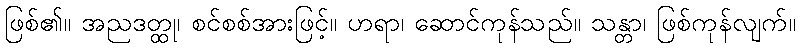
ဖြစ်၏။ အညဒတ္ထု၊ စင်စစ်အားဖြင့်။ ဟရာ၊ ဆောင်ကုန်သည်။ သန္တာ၊ ဖြစ်ကုန်လျက်။